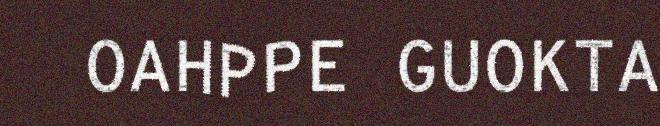
OAHPPE GUOKTA